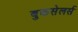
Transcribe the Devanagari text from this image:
बुकसेलर्स